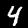
Digit: 4